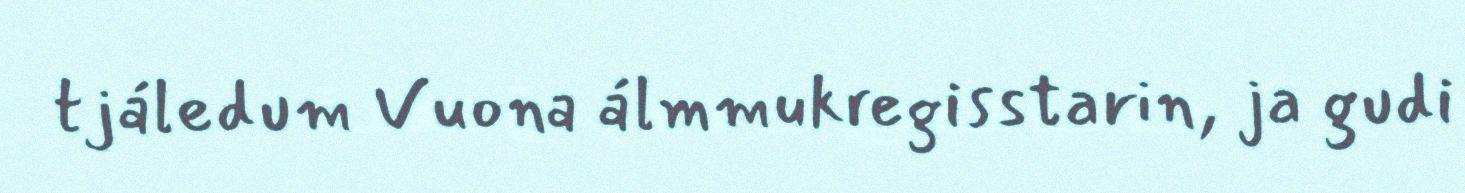
tjáledum Vuona álmmukregisstarin, ja gudi